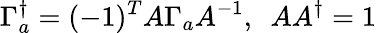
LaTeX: \Gamma_{a}^{\dagger}=(-1)^{T}A\Gamma_{a}A^{-1},~~AA^{\dagger}=1